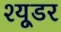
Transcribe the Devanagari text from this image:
श्यूडर